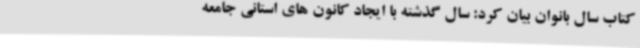
کتاب سال بانوان بیان کرد: سال گذشته با ایجاد کانون های استانی جامعه